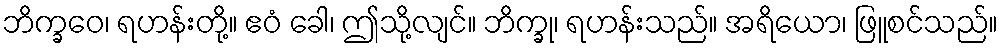
ဘိက္ခဝေ၊ ရဟန်းတို့။ ဧဝံ ခေါ၊ ဤသို့လျင်။ ဘိက္ခု၊ ရဟန်းသည်။ အရိယော၊ ဖြူစင်သည်။